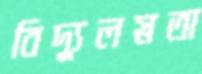
বিদ্যুলস্নতা